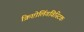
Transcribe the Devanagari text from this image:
क्रिप्टोलिंगविस्टिक